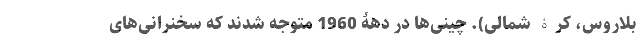
بلاروس، کرۀ شمالی). چینی­ها در دهۀ 1960 متوجه شدند که سخنرانی­های